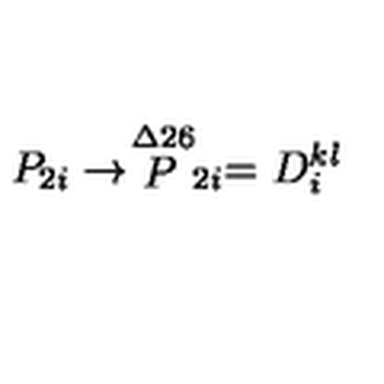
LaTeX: P _ { 2 i } \rightarrow \stackrel { \symbol { 1 2 6 } } { P } _ { 2 i } = D _ { i } ^ { k l }